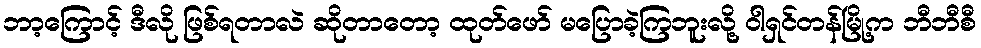
ဘာ့ကြောင့် ဒီလို ဖြစ်ရတာလဲ ဆိုတာတော့ ထုတ်ဖော် မပြောခဲ့ကြဘူးလို့ ဝါရှင်တန်မြို့က ဘီဘီစီ